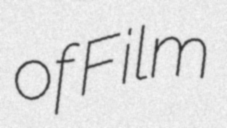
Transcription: of Film